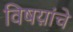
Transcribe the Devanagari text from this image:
विषय़ांचे